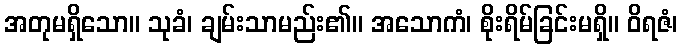
အတုမရှိသော။ သုခံ၊ ချမ်းသာမည်း၏။ အသောကံ၊ စိုးရိမ်ခြင်းမရှိ။ ဝိရဇံ၊